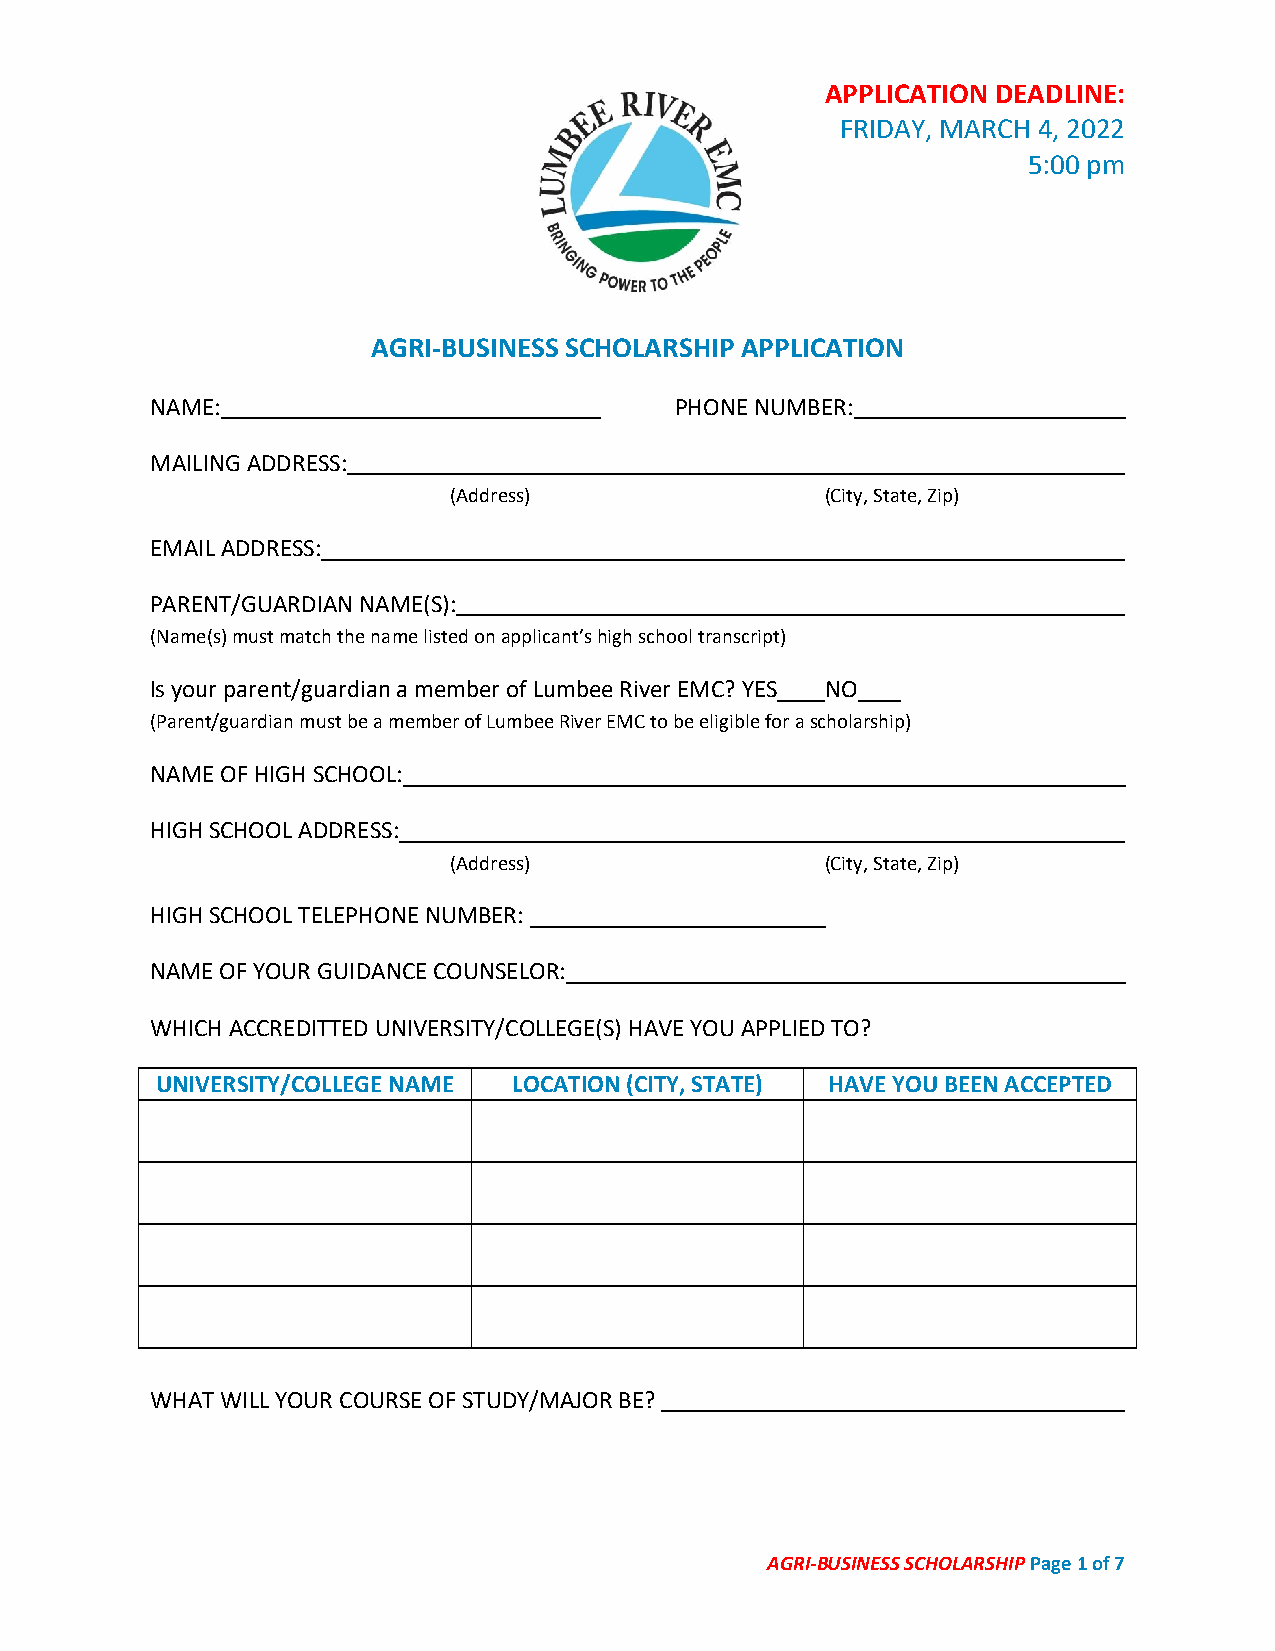
APPLICATION DEADLINE:
 FRIDAY, MARCH 4, 2022
 5:00 pm
 AGRI-BUSINESS SCHOLARSHIP APPLICATION
 NAME:                              PHONE NUMBER:
 MAILING ADDRESS:
 (Address)                (City, State, Zip)
 EMAIL ADDRESS:
 PARENT/GUARDIAN NAME(S):
 (Name(s) must match the name listed on applicant’s high school transcript)
 Is your parent/guardian a member of Lumbee River EMC? YES NO
 (Parent/guardian must be a member of Lumbee River EMC to be eligible for a scholarship)
 NAME OF HIGH SCHOOL:
 HIGH SCHOOL ADDRESS:
 (Address)                (City, State, Zip)
 HIGH SCHOOL TELEPHONE NUMBER:
 NAME OF YOUR GUIDANCE COUNSELOR:
 WHICH ACCREDITTED UNIVERSITY/COLLEGE(S) HAVE YOU APPLIED TO?
 UNIVERSITY/COLLEGE NAME LOCATION (CITY, STATE) HAVE YOU BEEN ACCEPTED
 WHAT WILL YOUR COURSE OF STUDY/MAJOR BE?
 AGRI-BUSINESS SCHOLARSHIP Page 1 of 7